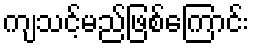
ကျသင့်မည်ဖြစ်ကြောင်း